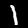
Digit: 1